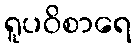
ရူပဝိစာရေ